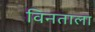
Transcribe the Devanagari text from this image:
विनताला